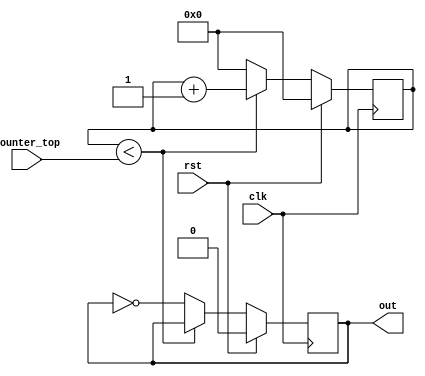
module oscillator #(
	parameter WIDTH=18
)(
	input clk,
	input rst,
	input [WIDTH-1:0] counter_top,
	output out
);

reg [23:0] counter; // 24-bit counter
reg counterout = 0;

always @(posedge clk) begin
	if (rst) 
	begin
		counter <= 0;
		counterout <= 0;
	end else
	begin
		if (counter < counter_top)
		begin
			counter <= counter + 1;
		end else 
		begin
			counter <= 0;
			counterout <= ~counterout;
		end
	end
end

assign out = counterout;

endmodule